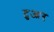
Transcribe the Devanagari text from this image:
टुआर